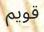
قويم